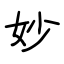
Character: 妙